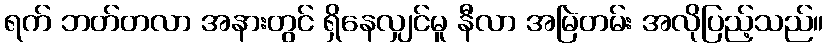
ရက် ဘတ်တလာ အနားတွင် ရှိနေလျှင်မူ နီလာ အမြဲတမ်း အလိုပြည့်သည်။